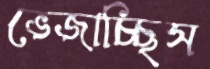
ভেজাচ্ছিস